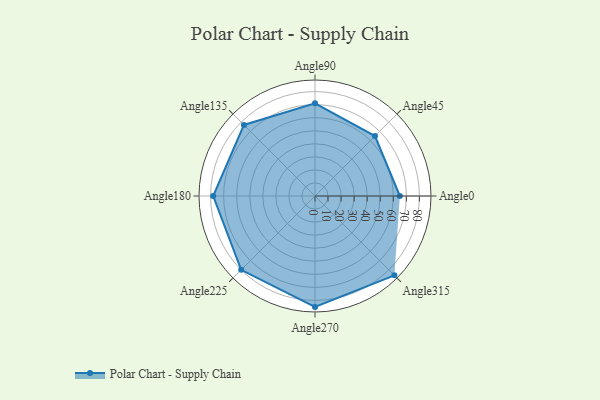
{"axis": {"x": "Angle", "y": "Radius"}, "legend": [""], "data": [{"x": "Angle0", "y": 65.0, "type": ""}, {"x": "Angle45", "y": 65.0, "type": ""}, {"x": "Angle90", "y": 71.0, "type": ""}, {"x": "Angle135", "y": 77.0, "type": ""}, {"x": "Angle180", "y": 78.0, "type": ""}, {"x": "Angle225", "y": 80.0, "type": ""}, {"x": "Angle270", "y": 85.0, "type": ""}, {"x": "Angle315", "y": 86.0, "type": ""}]}